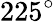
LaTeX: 225^{\circ}